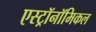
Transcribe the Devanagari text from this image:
एस्ट्रॉनॉमिकल